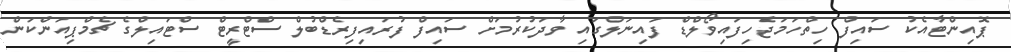
ޕޮއިންޓާއެކު ސައިފް ހިތްހަމަޖެހިފައިވޯލްޑް ފައިނަލްގައި ވާދަކުރުމަށް ސައިފް ފުރައިފިރެޑްބުލް ސްޓްރީޓް ސްޓައިލްގެ ޗެމްޕިއަންކަން